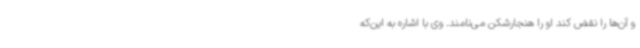
و آن‌ها را نقض کند او را هنجارشکن می‌نامند. وی با اشاره به این‌که